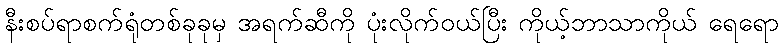
နီးစပ်ရာစက်ရုံတစ်ခုခုမှ အရက်ဆီကို ပုံးလိုက်ဝယ်ပြီး ကိုယ့်ဘာသာကိုယ် ရေရော